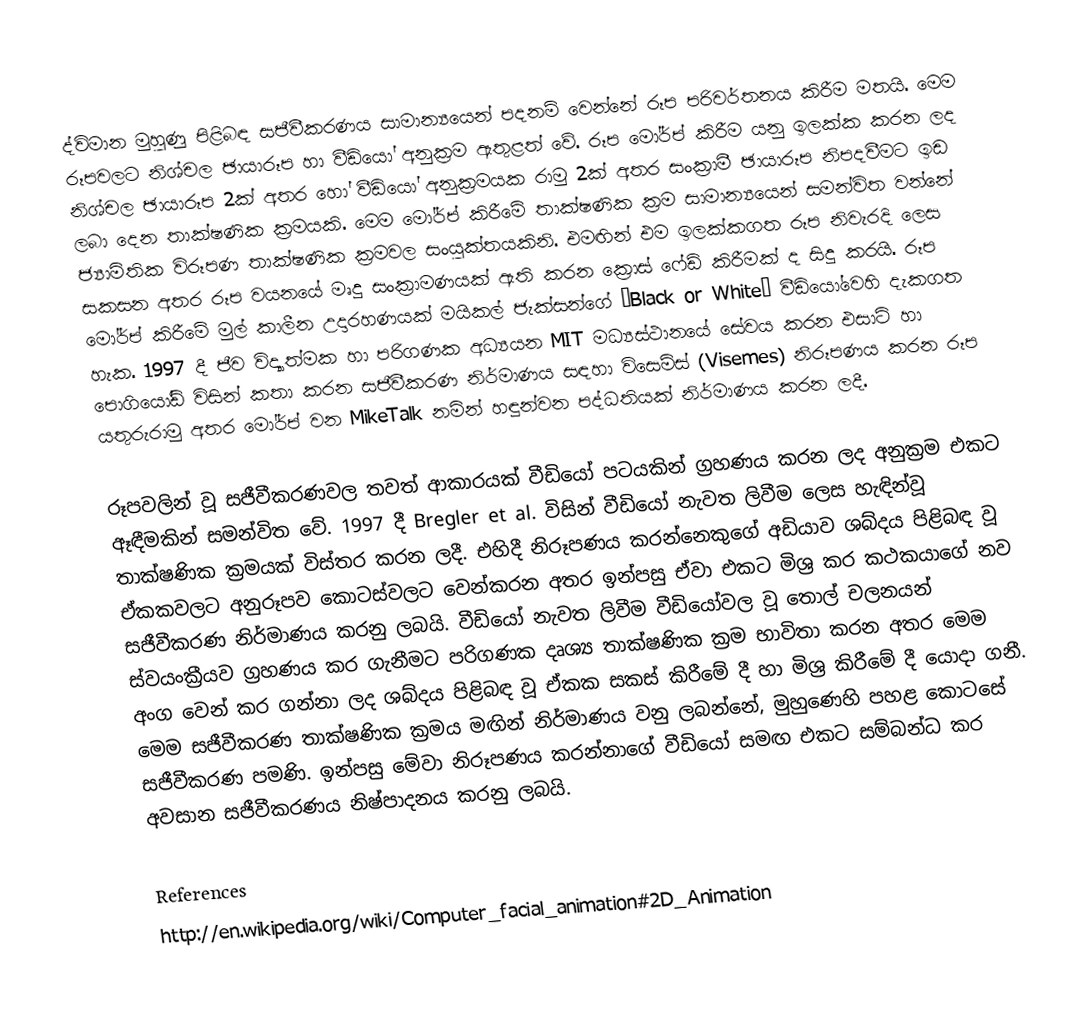
ද්විමාන මුහුණු පිළිබඳ සජීවීකරණය සාමාන්‍යයෙන් පදනම් වෙන්නේ රූප පරිවර්තනය කිරීම මතයි. මෙම රූපවලට නිශ්චල ඡායාරූප හා වීඩියෝ අනුක්‍රම ඇතුළත් වේ. රූප මෝර්ප් කිරීම යනු ඉලක්ක කරන ලද නිශ්චල ඡායාරූප 2ක් අතර හෝ වීඩියෝ අනුක්‍රමයක රාමු 2ක් අතර සංක්‍රාමී ඡායාරූප නිපදවීමට ඉඩ ලබා දෙන තාක්ෂණික ක්‍රමයකි. මෙම මෝර්ප් කිරීමේ තාක්ෂණික ක්‍රම සාමාන්‍යයෙන් සමන්විත වන්නේ ජ්‍යාමිතික විරූපණ තාක්ෂණික ක්‍රමවල සංයුක්තයකිනි. එමඟින් එම ඉලක්කගත රූප නිවැරදි ලෙස සකසන අතර රූප වයනයේ මෘදු සංක්‍රාමණයක් ඇති කරන ක්‍රොස් ෆේඩ් කිරීමක් ද සිදු කරයි. රූප මෝර්ප් කිරීමේ මුල් කාලීන උදාරහණයක් මයිකල් ජැක්සන්ගේ “Black or White” වී‍ඩියෝවෙහි දැකගත හැක. 1997 දී ජීව විද්‍යාත්මක හා පරිගණක අධ්‍යයන MIT මධ්‍යස්ථානයේ සේවය කරන එසාට් හා පොගියෝඩ් විසින් කතා කරන සජීවීකරණ නිර්මාණය සඳහා විසෙම්ස් (Visemes) නිරූපණය කරන රූප යතුරුරාමු අතර මෝර්ප් වන MikeTalk නමින් හඳුන්වන පද්ධතියක් නිර්මාණය කරන ලදී.

රූපවලින් වූ සජීවීකරණවල තවත් ආකාරයක් වීඩියෝ පටයකින් ග්‍රහණය කරන ලද අනුක්‍රම එකට ඈඳීමකින් සමන්විත වේ. 1997 දී Bregler et al. විසින් වීඩියෝ නැවත ලිවීම ලෙස හැඳින්වූ තාක්ෂණික ක්‍රමයක් විස්තර කරන ලදී. එහිදී නිරූපණය කරන්නෙකුගේ අඩියාව ශබ්දය පිළිබඳ වූ ඒකකවලට අනුරූපව කොටස්වලට වෙන්කරන අතර ඉන්පසු ඒවා එකට මිශ්‍ර කර කථකයාගේ නව සජීවීකරණ නිර්මාණය කරනු ලබයි. වීඩියෝ නැවත ලිවීම වීඩියෝවල වූ තොල් චලනයන් ස්වයංක්‍රීයව ග්‍රහණය කර ගැනීමට පරිගණක දෘශ්‍ය තාක්ෂණික ක්‍රම භාවිතා කරන අතර මෙම අංග වෙන් කර ගන්නා ලද ශබ්දය පිළිබඳ වූ ඒකක සකස් කිරීමේ දී හා මිශ්‍ර කිරීමේ දී යොදා ගනී. මෙම සජීවීකරණ තාක්ෂණික ක්‍රමය මඟින් නිර්මාණය වනු ලබන්නේ, මුහුණෙහි පහළ කොටසේ සජීවීකරණ පමණි. ඉන්පසු මේවා නිරූපණය කරන්නාගේ වීඩියෝ සමඟ එකට සම්බන්ධ කර අවසාන සජීවීකරණය නිෂ්පාදනය කරනු ලබයි.

References
http://en.wikipedia.org/wiki/Computer_facial_animation#2D_Animation